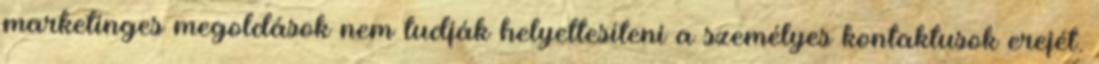
marketinges megoldások nem tudják helyettesíteni a személyes kontaktusok erejét.